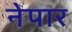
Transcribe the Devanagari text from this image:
नेपार